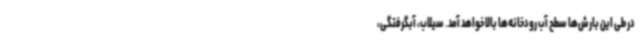
در طی این بارش‌ها سطح آب رودخانه‌ها بالا خواهد آمد. سیلاب، آبگرفتگی،